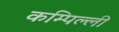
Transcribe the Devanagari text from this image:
कम्पिल्ली